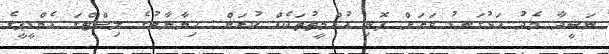
ނަޝީދާ މެދު އަޅުގަނޑު ވަރަށް ފޮނި އުއްމީތުތަކެއް ކުރަން. ހިޔާނާާތުގެ ލިސްޓްގަ އެމްޑީޕީގެ